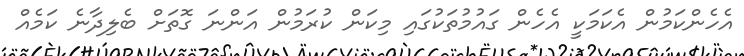
އެހެންކަމުން އެކަމަކީ އެހެން ގައުމުތަކުގައި މިކަން ކުރަމުން އަންނަ ގޮތަށް ބެލިދާނެ ކަމެއް